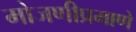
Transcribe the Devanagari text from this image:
मोजणीप्रमाणे